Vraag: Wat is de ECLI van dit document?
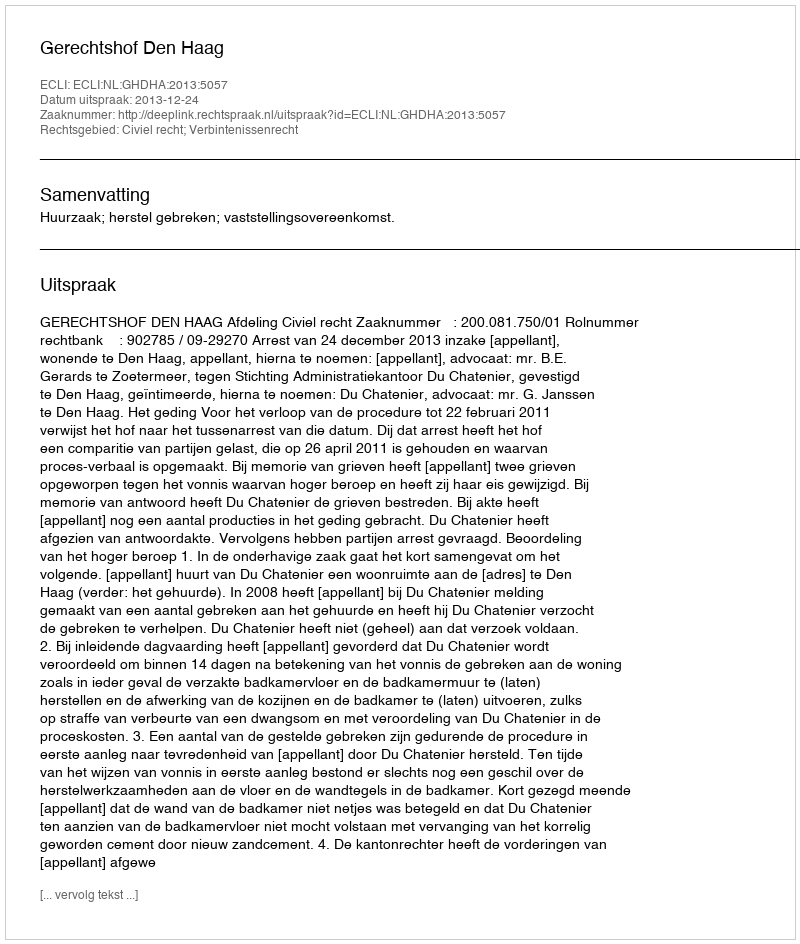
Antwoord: ECLI:NL:GHDHA:2013:5057